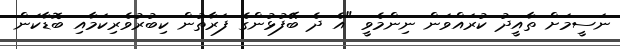
ނަސީމަށް ތާއީދު ކުރައްވަން ނިންމެވީ "އެ ދެ ބޭފުޅުންގެ ފަރާތުން ކިބުރުވެރިކަމާއި ބޮޑާކަން